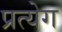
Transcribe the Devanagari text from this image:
प्रत्येग